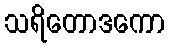
သရိတောဒကော